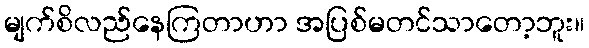
မျက်စိလည်နေကြတာဟာ အပြစ်မတင်သာတော့ဘူး။